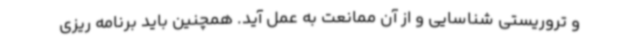
و تروریستی شناسایی و از آن ممانعت به عمل آید. همچنین باید برنامه ریزی